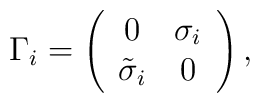
\Gamma_i=\left(\begin{array}{cc}0 & \sigma_i \\{\tilde\sigma}_i& 0\end{array}\right),